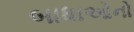
બાધાઓનો